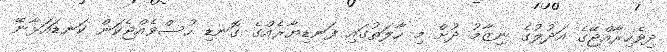
ދިވެހިރާއްޖޭގެ އަދުލުގެ ނިޒާމު ދުށް މި ހާލަތުގައި ފަނޑިޔާރެއްގެ ގޮނޑި ހުސްވެއްޖެކަން ކަނޑައަޅާނޭ